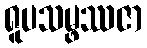
ရူပသမ္ဖဿဇာ